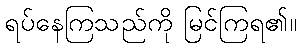
ရပ်နေကြသည်ကို မြင်ကြရ၏။